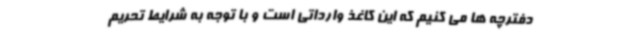
دفترچه ها می کنیم که این کاغذ وارداتی است و با توجه به شرایط تحریم